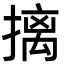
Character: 摛